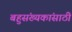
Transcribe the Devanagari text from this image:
बहुसंख्यकांसाठी